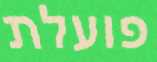
פועלת